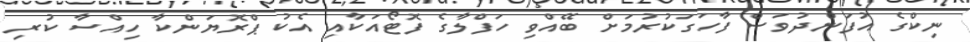
ނިކްގެ އުފަންދުވަސް ފާހަގަކުރުމަށް ބޭއްވި ހަފްލާގެ ފޮޓޯއަކާއި އެކު ޕްރޮޔަންކާ ހިއްސާ ކުރި